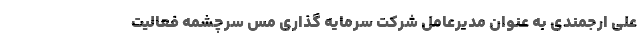
علی ارجمندی به عنوان مدیرعامل شرکت سرمایه گذاری مس سرچشمه فعالیت